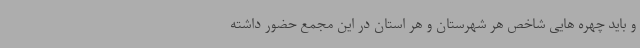
و باید چهره هایی شاخص هر شهرستان و هر استان در این مجمع حضور داشته